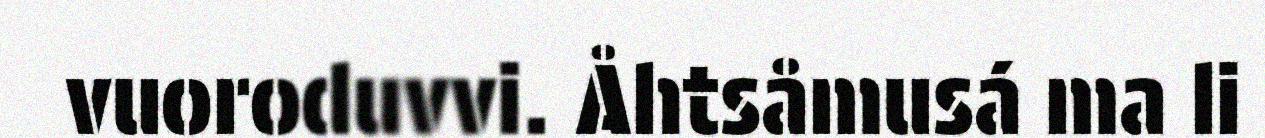
vuoroduvvi. Åhtsåmusá ma li